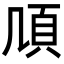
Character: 𩑏